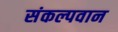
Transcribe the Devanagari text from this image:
संकल्पवान